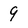
Character: 9